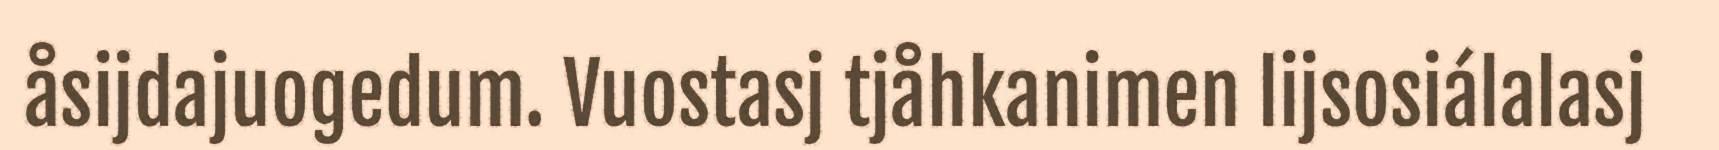
åsijdajuogedum. Vuostasj tjåhkanimen lijsosiálalasj